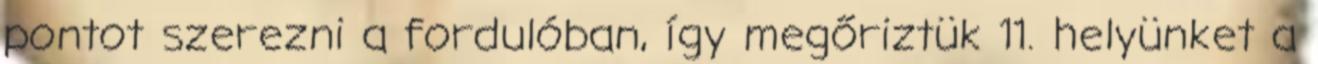
pontot szerezni a fordulóban, így megőriztük 11. helyünket a